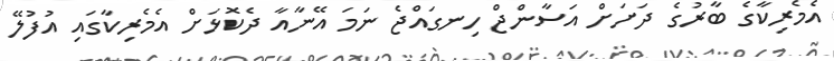
އެމެރިކާގެ ބާރުގެ ދަށަށް އަސާންޖް ހިނގައްޖެ ނަމަ އޭނާއާ ދެކޮޅަށް އެމެރިކާގައި އުފުލޭ